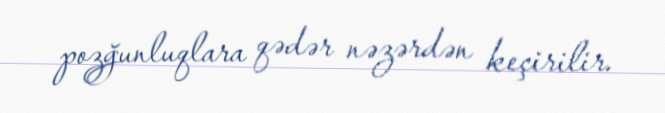
pozğunluqlara qədər nəzərdən keçirilir.